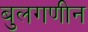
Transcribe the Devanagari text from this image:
बुलगणीन